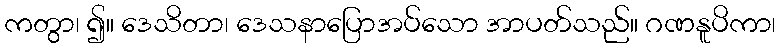
ကတွာ၊ ၍။ ဒေသိတာ၊ ဒေသနာပြောအပ်သော အာပတ်သည်။ ဂဏနူပိကာ၊